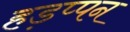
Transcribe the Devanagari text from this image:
हड़प्पन